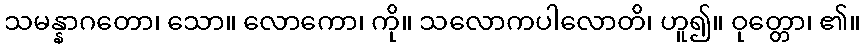
သမန္နာဂတော၊ သော။ လောကော၊ ကို။ သလောကပါလောတိ၊ ဟူ၍။ ဝုတ္တော၊ ၏။